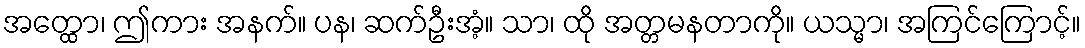
အတ္ထော၊ ဤကား အနက်။ ပန၊ ဆက်ဦးအံ့။ သာ၊ ထို အတ္တမနတာကို။ ယသ္မာ၊ အကြင်ကြောင့်။